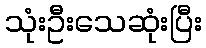
သုံးဦးသေဆုံးပြီး